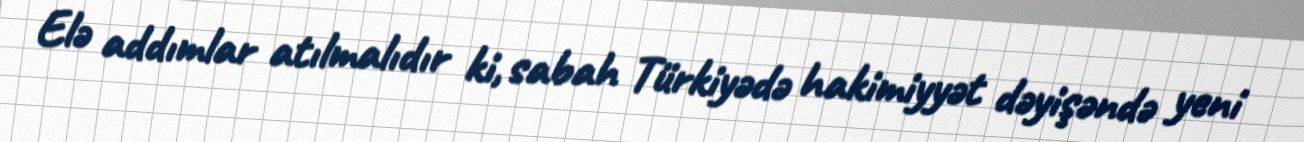
Elə addımlar atılmalıdır ki, sabah Türkiyədə hakimiyyət dəyişəndə yeni